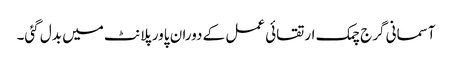
آسمانی گرج چمک ارتقائی عمل کے دوران پاور پلانٹ میں بدل گئی۔